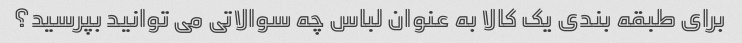
برای طبقه بندی یک کالا به عنوان لباس چه سوالاتی می توانید بپرسید؟